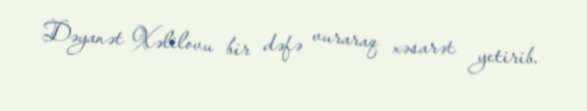
Dəyanət Xəlilovu bir dəfə vuraraq xəsarət yetirib.